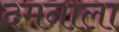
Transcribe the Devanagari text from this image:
दमनाला